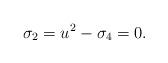
LaTeX: \begin{align*}\sigma_2=u^2-\sigma_4=0.\end{align*}